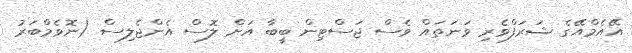
އޭއެމްއޭގެ ޝަރަފްވެރި ވަނަތައް ވެސް ޖަސްޓިން ބީބާ އަށް ލޮސް އެންޖެލިސް (ނޮވެމްބަރު